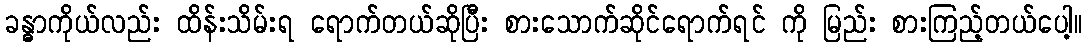
ခန္ဓာကိုယ်လည်း ထိန်းသိမ်းရ ရောက်တယ်ဆိုပြီး စားသောက်ဆိုင်ရောက်ရင် ကို မြည်း စားကြည့်တယ်ပေါ့။